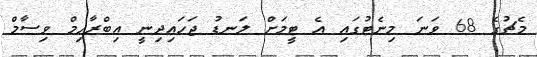
މެޗުގެ 68 ވަނަ މިނެޓުގައި އެ ޓީމަށް ލަނޑު ޖަހައިދިނީ އިބްރާހިމް ވިސާމް